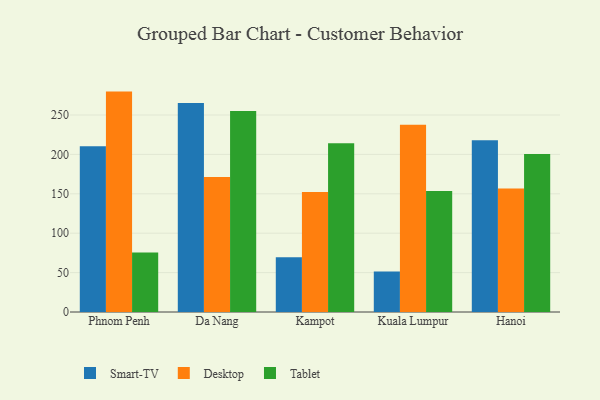
{"axis": {"x": "City", "y": "Bounce Rate (%)"}, "legend": ["Desktop", "Smart-TV", "Tablet"], "data": [{"x": "Phnom Penh", "y": 210.2, "type": "Smart-TV"}, {"x": "Phnom Penh", "y": 279.7, "type": "Desktop"}, {"x": "Phnom Penh", "y": 75.5, "type": "Tablet"}, {"x": "Da Nang", "y": 265.3, "type": "Smart-TV"}, {"x": "Da Nang", "y": 171.2, "type": "Desktop"}, {"x": "Da Nang", "y": 255.1, "type": "Tablet"}, {"x": "Kampot", "y": 69.4, "type": "Smart-TV"}, {"x": "Kampot", "y": 152.2, "type": "Desktop"}, {"x": "Kampot", "y": 214.3, "type": "Tablet"}, {"x": "Kuala Lumpur", "y": 51.3, "type": "Smart-TV"}, {"x": "Kuala Lumpur", "y": 237.7, "type": "Desktop"}, {"x": "Kuala Lumpur", "y": 153.7, "type": "Tablet"}, {"x": "Hanoi", "y": 217.9, "type": "Smart-TV"}, {"x": "Hanoi", "y": 156.6, "type": "Desktop"}, {"x": "Hanoi", "y": 200.6, "type": "Tablet"}]}